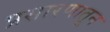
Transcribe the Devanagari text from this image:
प्रसारणातून